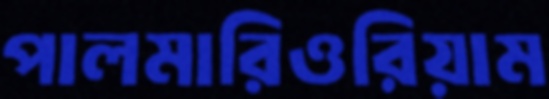
পালমারিওরিয়াম